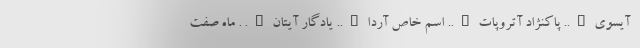
آیسوی….. پاکنژاد آتروپات….. اسم خاص آردا….. یادگار آیتان…. . ماه صفت